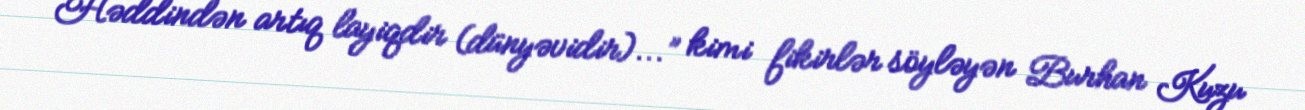
Həddindən artıq layiqdir (dünyəvidir)...” kimi fikirlər söyləyən Burhan Kuzu